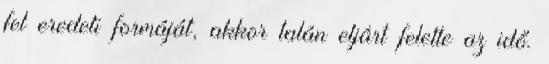
fel eredeti formáját, akkor talán eljárt felette az idő.